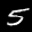
Label: 5